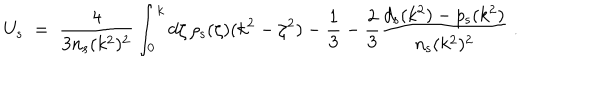
U _ { \mathrm { s } } \; = \; { \frac { 4 } { 3 n _ { \mathrm { s } } ( k ^ { 2 } ) ^ { 2 } } } \int _ { 0 } ^ { k } d \zeta \, \rho _ { \mathrm { s } } ( \zeta ) ( k ^ { 2 } - \zeta ^ { 2 } ) - { \frac { 1 } { 3 } } - { \frac { 2 } { 3 } } { \frac { d _ { \mathrm { s } } ( k ^ { 2 } ) - p _ { \mathrm { s } } ( k ^ { 2 } ) } { n _ { \mathrm { s } } ( k ^ { 2 } ) ^ { 2 } } } \; .